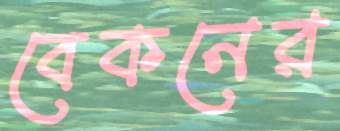
বেকনের